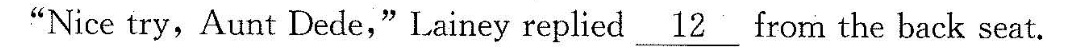
“Nice try,Aunt Dede,"Laineyreplied \underline{12}from the back seat.